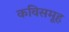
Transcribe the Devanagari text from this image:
कविसमूह